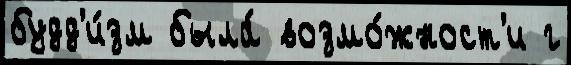
будд'и́зм была́ возмо́жност'и г